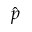
\hat { p }